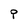
Character: q